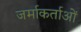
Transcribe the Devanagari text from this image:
जर्माकर्ताओं